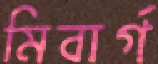
মিবার্গ